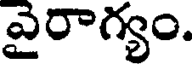
వైరాగ్యం.